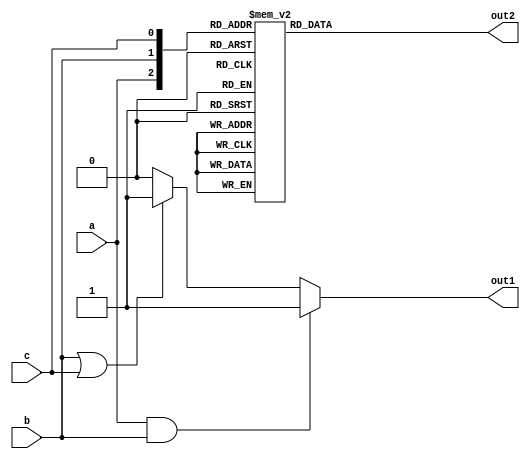
module combinational_logic (
    input wire a,
    input wire b,
    input wire c,
    output reg out1,
    output reg out2
);

// Always block sensitive to changes in inputs a, b, or c 
always @(*) begin
    // Default assignments
    out1 = 0; // Default value for out1
    out2 = 0; // Default value for out2

    // Conditional logic for output assignments
    if (a && b) begin
        out1 = 1; // Set out1 if both a and b are high
    end else if (b || c) begin
        out1 = 1; // Set out1 if either b or c is high
    end

    // Another condition based on input combination for out2
    case ({a, b, c})
        3'b000: out2 = 0;
        3'b001: out2 = 2;
        3'b010: out2 = 1;
        3'b011: out2 = 3;
        3'b100: out2 = 4;
        3'b101: out2 = 5;
        3'b110: out2 = 6;
        3'b111: out2 = 7;
        default: out2 = 0; // Should not happen, but a safety net
    endcase
end

endmodule